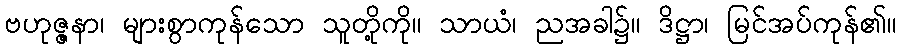
ဗဟုဇ္ဇနာ၊ များစွာကုန်သော သူတို့ကို။ သာယံ၊ ညအခါ၌။ ဒိဋ္ဌာ၊ မြင်အပ်ကုန်၏။